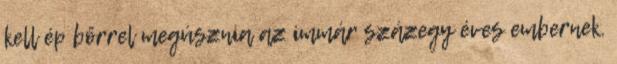
kell ép bőrrel megúsznia az immár százegy éves embernek.